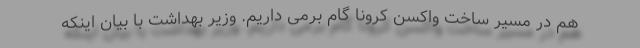
هم در مسیر ساخت واکسن کرونا گام برمی داریم. وزیر بهداشت با بیان اینکه